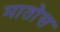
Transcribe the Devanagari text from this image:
मातोस